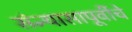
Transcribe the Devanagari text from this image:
संन्यासापूर्वीचे